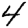
Digit: 4